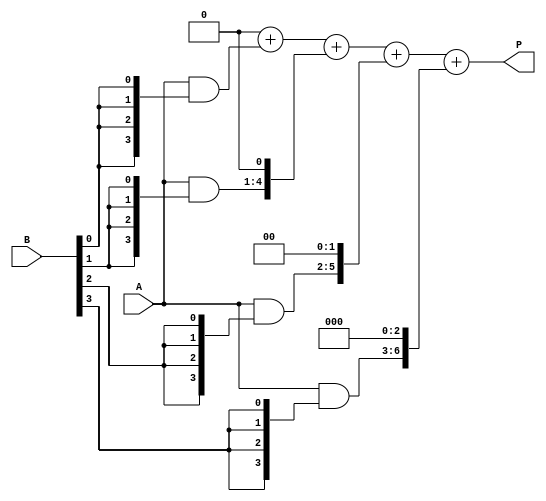
module array_multiplier #(parameter A_WIDTH = 4, B_WIDTH = 4)(
    input [A_WIDTH-1:0] A,
    input [B_WIDTH-1:0] B,
    output reg [A_WIDTH + B_WIDTH - 1:0] P
);

    // Intermediate partial products
    wire [A_WIDTH-1:0] partial_products[B_WIDTH-1:0];

    // Generate partial products
    genvar i, j;
    generate
        for (i = 0; i < B_WIDTH; i = i + 1) begin : pp_gen
            assign partial_products[i] = A & {A_WIDTH{B[i]}};
        end
    endgenerate

    // Sum the partial products
    reg [A_WIDTH + B_WIDTH - 1:0] sum;
    integer k;

    always @(*) begin
        sum = 0;
        for (k = 0; k < B_WIDTH; k = k + 1) begin
            sum = sum + (partial_products[k] << k);
        end
        P = sum;
    end

endmodule